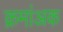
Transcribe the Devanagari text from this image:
क्रमांअक